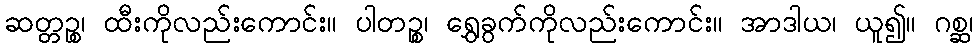
ဆတ္တဉ္စ၊ ထီးကိုလည်းကောင်း။ ပါတဉ္စ၊ ရွှေခွက်ကိုလည်းကောင်း။ အာဒါယ၊ ယူ၍။ ဂစ္ဆ၊